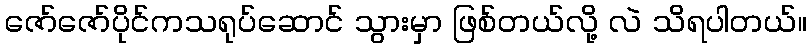
ဇော်ဇော်ပိုင်ကသရုပ်ဆောင် သွားမှာ ဖြစ်တယ်လို့ လဲ သိရပါတယ်။